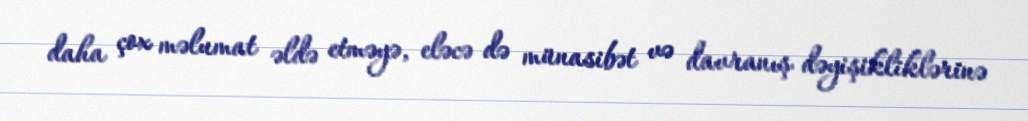
daha çox məlumat əldə etməyə, eləcə də münasibət və davranış dəyişikliklərinə